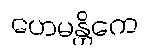
ဟေမန္တိကေ